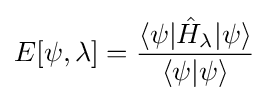
E[\psi ,\lambda ]={\frac {\langle \psi |{\hat {H}}_{\lambda }|\psi \rangle }{\langle \psi |\psi \rangle }}